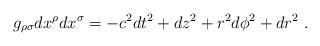
LaTeX: \begin{align*}g_{\rho\sigma}dx^\rho dx^\sigma=-c^2 dt^2+dz^2+r^2d\phi^2+dr^2\ .\end{align*}